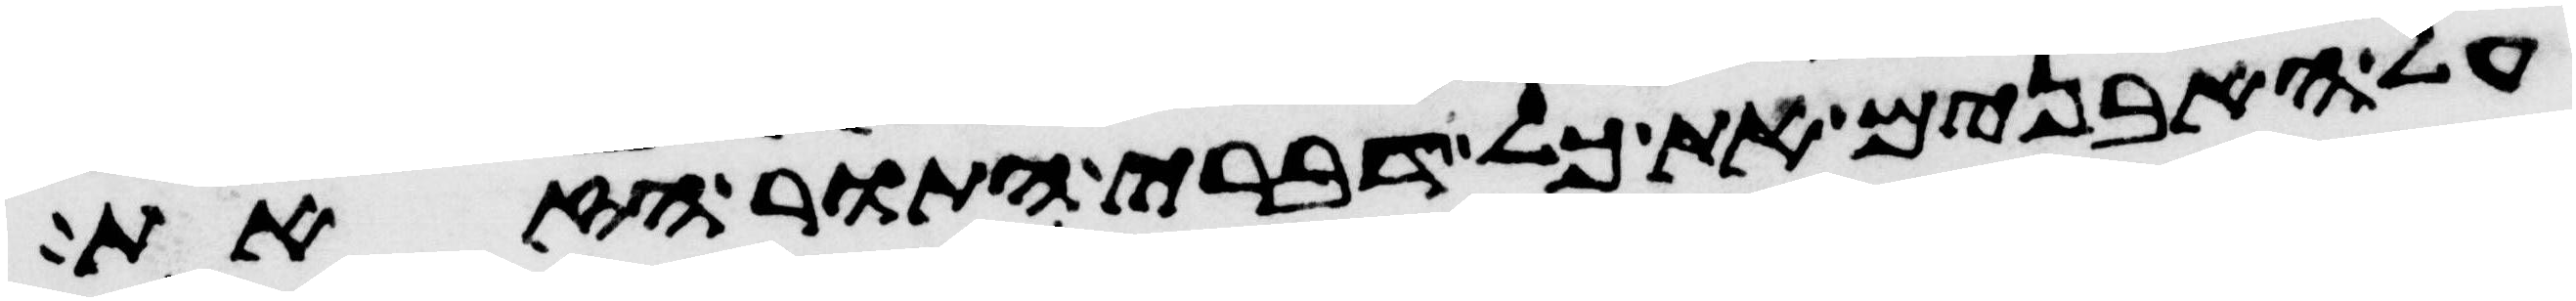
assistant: על האבנים את כל דברי התורה הזאת